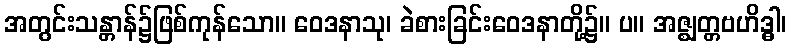
အတွင်းသန္တာန်၌ဖြစ်ကုန်သော။ ဝေဒနာသု၊ ခဲစားခြင်းဝေဒနာတို့၌။ ပ။ အဇ္ဈတ္တဗဟိဒ္ဓါ၊